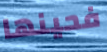
فحينها